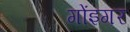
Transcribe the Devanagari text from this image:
गोंइगर